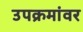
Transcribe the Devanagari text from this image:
उपक्रमांवर